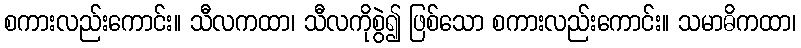
စကားလည်းကောင်း။ သီလကထာ၊ သီလကိုစွဲ၍ ဖြစ်သော စကားလည်းကောင်း။ သမာဓိကထာ၊